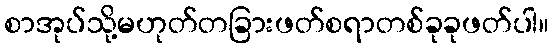
စာအုပ်သို့မဟုတ်တခြားဖတ်စရာတစ်ခုခုဖတ်ပါ။